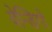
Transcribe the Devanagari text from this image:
वेन्डिगो